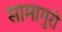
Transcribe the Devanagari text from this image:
सामागुरी